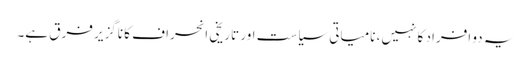
یہ دو افراد کا نہیں، نامیاتی سیاست اور تاریخی انحراف کا ناگزیر فرق ہے۔